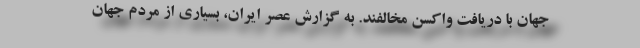
جهان با دریافت واکسن مخالفند. به گزارش عصر ایران، بسیاری از مردم جهان